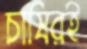
চাষিরই